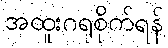
အထူးဂရုစိုက်ရန်